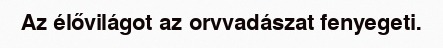
Az élővilágot az orvvadászat fenyegeti.